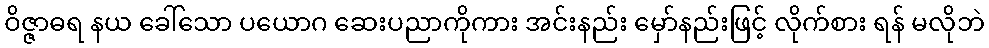
ဝိဇ္ဇာဓရ နယ ခေါ်သော ပယောဂ ဆေးပညာကိုကား အင်းနည်း မှော်နည်းဖြင့် လိုက်စား ရန် မလိုဘဲ